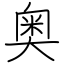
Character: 奥